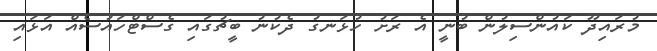
މުރައިދޫ ކައުންސިލުން ބުނީ އެ ރަށު ހުޅަނގު ދެކުނު ބީޗުގައި ގެސްޓްހައުސެއް އަޅައި